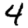
Digit: 4